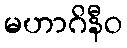
မဟာဂိနီဝ